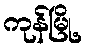
ကုန်မြို့